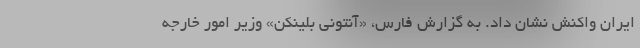
ایران واکنش نشان داد. به گزارش فارس، «آنتونی بلینکن» وزیر امور خارجه